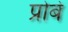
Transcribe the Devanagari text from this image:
प्रोबे